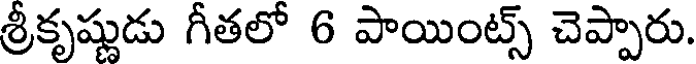
శ్రీకృష్ణుడు గీతలో 6 పాయింట్స్ చెప్పారు.